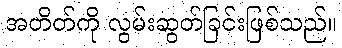
အတိတ်ကို လွမ်းဆွတ်ခြင်းဖြစ်သည်။